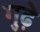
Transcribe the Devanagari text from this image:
गुढ़े